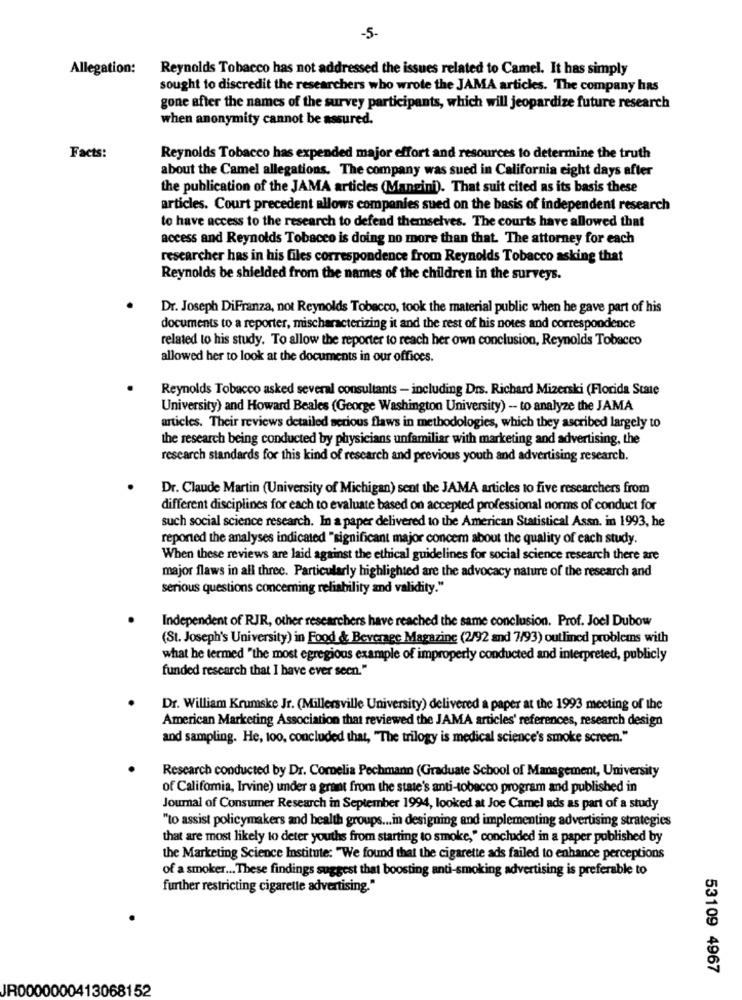
-5-
Allegation:
Reynolds Tobacco has not addressed the issues related to Camel. It has simply
sought to discredit the researchers who wrote the JAMA articles. The company has
gone after the names of the survey participants, which will jeopardize future research
when anonymity cannot be assured.
Facts:
Reynolds Tobacco has expended major effort and resources to determine the truth
about the Camel allegations. The company was sued in California eight days after
the publication of the JAMA articles (Mancini). That suit cited as its basis these
articles. Court precedent allows companies sued on the basis of independent research
to have access to the research to defend themselves. The courts have allowed that
access and Reynolds Tobacco is doing no more than that. The attorney for each
researcher has in his files correspondence from Reynolds Tobacco asking that
Reynolds be shielded from the names of the children in the surveys.
Dr. Joseph DiFranza, not Reynolds Tobacco, took the material public when he gave part of his
documents to a reporter, mischaracterizing it and the rest of his notes and correspondence
related to his study. To allow the reporter to reach her own conclusion, Reynolds Tobacco
allowed her to look at the documents in our offices.
Reynolds Tobacco asked several consultants - including Drs. Richard Mizerski (Florida State
University) and Howard Beales (George Washington University) - to analyze the JAMA
articles. Their reviews detailed serious flaws in methodologies, which they ascribed largely to
the research being conducted by physicians unfamiliar with marketing and advertising, the
research standards for this kind of research and previous youth and advertising research.
Dr. Claude Martin (University of Michigan) sent the JAMA articles to five researchers from
different disciplines for each to evaluate based on accepted professional norms of conduct for
such social science research. In a paper delivered to the American Statistical Assn. in 1993, he
reported the analyses indicated "significant major concem about the quality of each study.
When these reviews are laid against the ethical guidelines for social science research there are
major flaws in all three. Particularly highlighted are the advocacy nature of the research and
serious questions concerning reliability and validity."
Independent of RJR, other researchers have reached the same conclusion. Prof. Joel Dubow
(St. Joseph's University) in Food & Beverage Magazine (2/92 and 7/93) outlined problems with
what he termed "the most egregious example of improperly conducted and interpreted, publicly
funded research that I have ever seen."
Dr. William Krumske Jr. (Millersville University) delivered a paper at the 1993 meeting of the
American Marketing Association that reviewed the JAMA articles' references, research design
and sampling. He, 100, concluded that, "The trilogy is medical science's smoke screen."
Research conducted by Dr. Cornelia Pechmann (Graduate School of Management, University
of California, Irvine) under a grant from the state's anti-tobacco program and published in
Journal of Consumer Research in September 1994, looked at Joe Camel ads as part of a study
"to assist policymakers and health groups ... in designing and implementing advertising strategies
that are most likely to deter youths from starting to smoke," concluded in a paper published by
the Marketing Science Institute: "We found that the cigarette ads failed to enhance perceptions
of a smoker ... These findings suggest that boosting anti-smoking advertising is preferable to
further restricting cigarette advertising."
53109 4967
JR0000000413068152